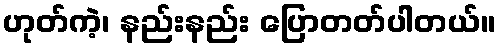
ဟုတ်ကဲ့၊ နည်းနည်း ပြောတတ်ပါတယ်။